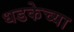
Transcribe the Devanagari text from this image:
धडकेच्या